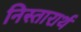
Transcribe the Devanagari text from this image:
निस्तारार्थ